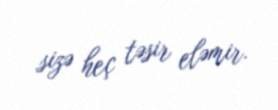
sizə heç təsir eləmir.